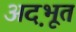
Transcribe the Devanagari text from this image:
अद़भूत